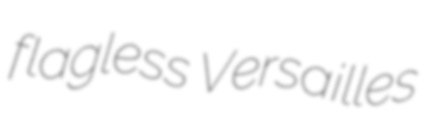
flagless Versailles